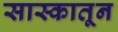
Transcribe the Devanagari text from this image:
सास्कातून